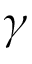
\gamma